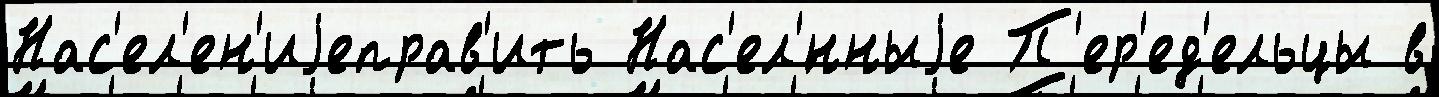
Нас'ел'ен'иjеправ'ить Нас'ел'́нныjе П'ер'ед'ельцы в